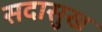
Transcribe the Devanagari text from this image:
सदासुख